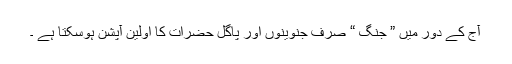
آج کے دور میں ” جنگ “ صرف جنوینوں اور پاگل حضرات کا اولین آپشن ہوسکتا ہے ۔